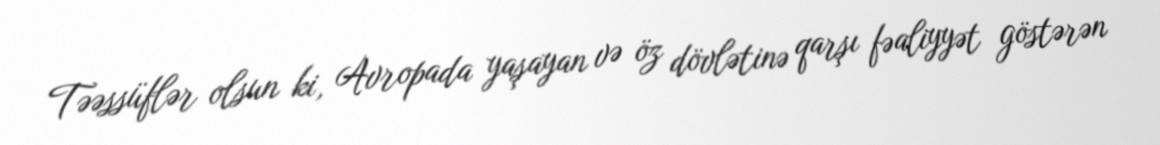
Təəssüflər olsun ki, Avropada yaşayan və öz dövlətinə qarşı fəaliyyət göstərən